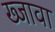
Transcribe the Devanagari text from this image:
ख्जावा